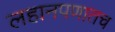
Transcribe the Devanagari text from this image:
लहानपणातच